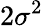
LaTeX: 2\sigma^{2}